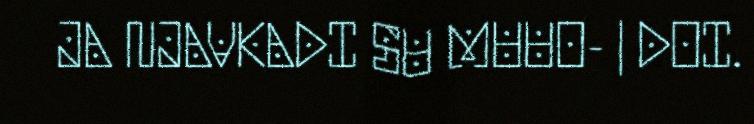
JA NJAVKADI SU MUUO- | DOI.